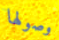
وصولها